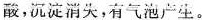
酸，沉淀消失，有气泡产生。